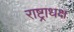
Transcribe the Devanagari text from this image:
राष्ट्राधक्ष